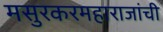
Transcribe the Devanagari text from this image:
मसुरकरमहाराजांची